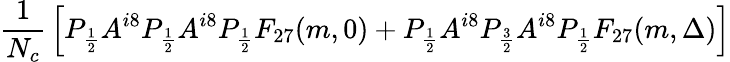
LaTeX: {\frac{1}{N_{c}}}\left[P_{\frac 12}A^{i8}P_{\frac 12}A^{i8}P_{\frac 12}F_{27}(m,0)+P_{\frac 12}A^{i8}P_{\frac 32}A^{i8}P_{\frac 12}F_{27}(m,\Delta)\right]